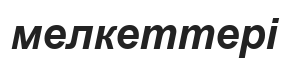
мелкеттері